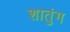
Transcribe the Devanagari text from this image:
शातुंग